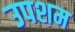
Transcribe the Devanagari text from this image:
उपशम